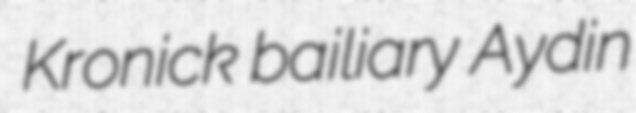
Kronick bailiary Aydin